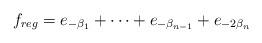
LaTeX: \begin{align*}f_{reg}=e_{-\beta_{1}}+\cdots+e_{-\beta_{n-1}}+e_{-2\beta_{n}}\end{align*}